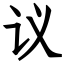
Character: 议